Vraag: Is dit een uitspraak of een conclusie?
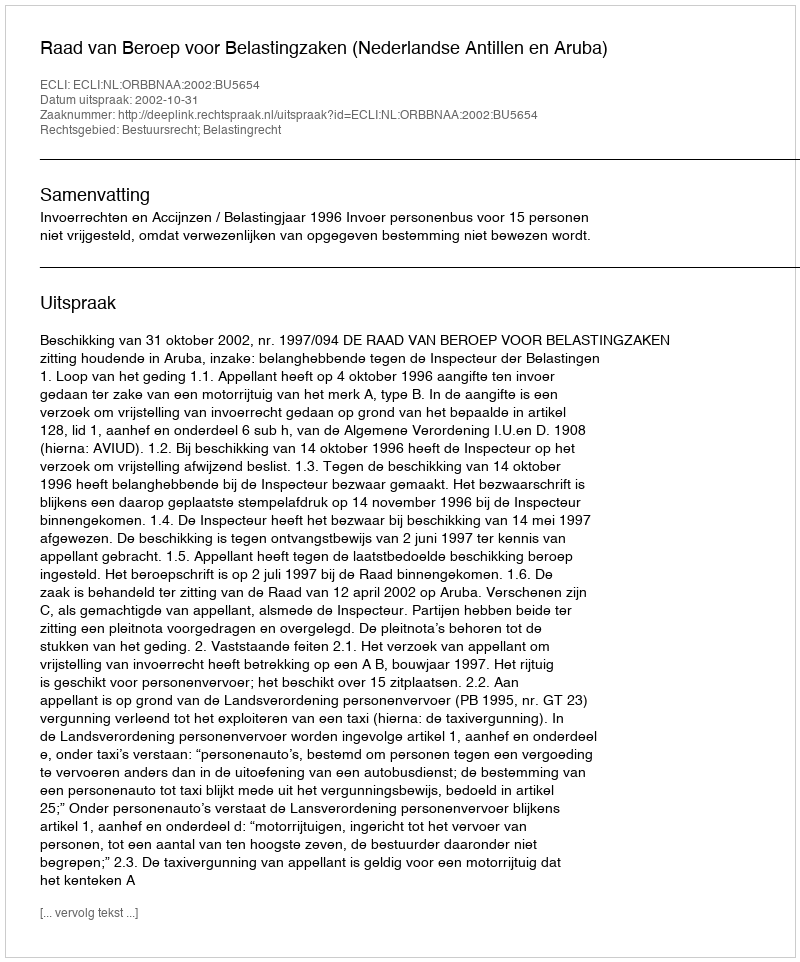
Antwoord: Uitspraak